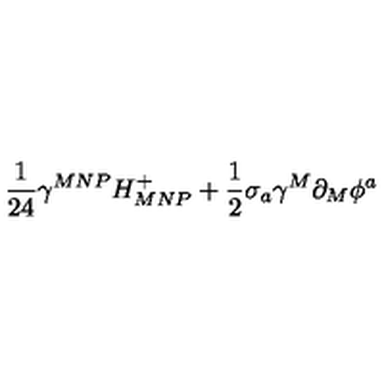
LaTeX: \frac { 1 } { 2 4 } \gamma ^ { M N P } H _ { M N P } ^ { + } + \frac { 1 } { 2 } \sigma _ { a } \gamma ^ { M } \partial _ { M } \phi ^ { a }